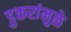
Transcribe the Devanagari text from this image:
डुकरांमुळे